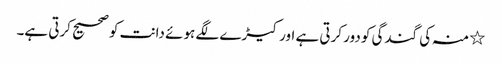
٭ منہ کی گندگی کو دور کرتی ہے اور کیڑے لگے ہوئے دانت کو صحیح کرتی ہے۔